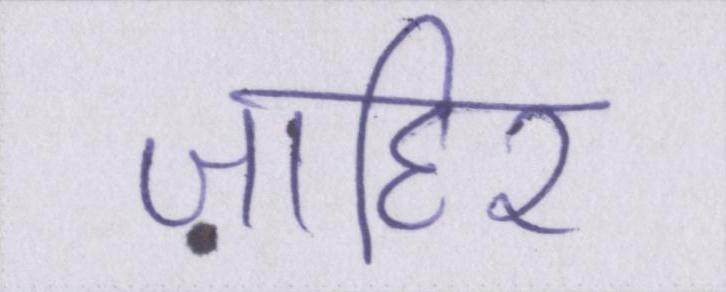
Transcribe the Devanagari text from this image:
ज़ाहिर